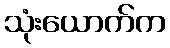
သုံးယောက်က